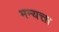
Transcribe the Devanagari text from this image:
मन्यत्ता